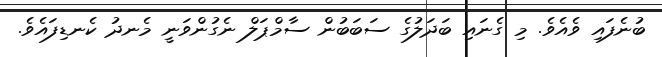
ބުނެފައި ވެއެވެ. މި ގެނައި ބަދަލުގެ ސަބަބުން ސާމްޕަލް ނެގުންވަނީ މެނދު ކެނޑިފައެވެ.